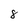
Character: 8